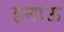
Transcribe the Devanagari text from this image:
हनाऊ